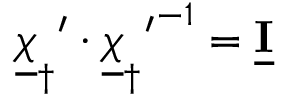
{ { \underline { { \boldsymbol { \chi } } } _ { \dagger } } ^ { \prime } \cdot { { \underline { { \boldsymbol { \chi } } } _ { \dagger } } ^ { \prime } } ^ { - 1 } = \underline { { \mathbf I } } }